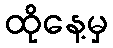
ထိုနေ့မှ